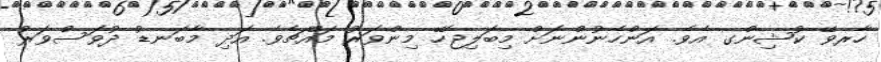
ހާރވޭ ކުޝިންގ އެވެ. އަންހެނުންނަށް މިބަލިޖެހޭ މިންވަރު މައްޗެވެ. އަދި މާބަނޑު ދުވަސްވަރު